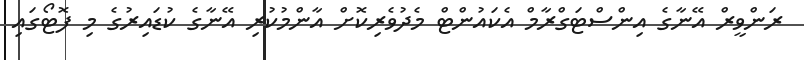
ރަންވީރް އޭނާގެ އިންސްޓަގްރާމް އެކައުންޓް މެދުވެރިކޮށް އާންމުކުރި އޭނާގެ ކުޑައިރުގެ މި ފޮޓޯގައި